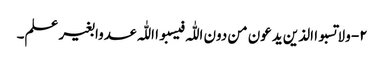
۲- ولا تسبوا الذین یدعون من دون اللّٰہ فیسبوا اللّٰہ عدوا بغیر علم۔